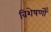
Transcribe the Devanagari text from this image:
विशेषणोँ